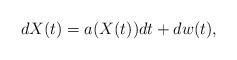
LaTeX: \begin{align*}dX(t)=a(X(t))dt+dw(t),\end{align*}